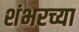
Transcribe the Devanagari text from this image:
शंभरच्या